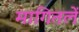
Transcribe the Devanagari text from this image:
मागितलें